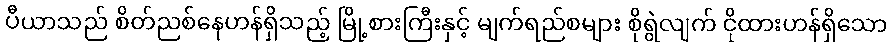
ပီယာသည် စိတ်ညစ်နေဟန်ရှိသည့် မြို့စားကြီးနှင့် မျက်ရည်စများ စိုရွဲလျက် ငိုထားဟန်ရှိသော